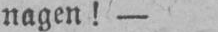
nagen!-